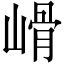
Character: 𡻋